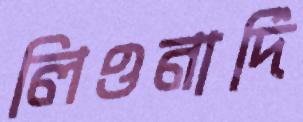
লিওনার্দি